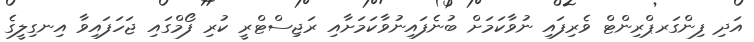
އަދި ފިންގަރޕްރިންޓް ވެރިފައި ނުވާކަމަށް ބުނެފައިނުވާކަމަށާއި ރަޖިސްޓްރީ ކުރި ފޯމްގައި ޖަހަފައިވާ އިނގިލީގެ